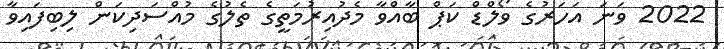
2022 ވަނަ އަހަރުގެ ވޯލްޑް ކަޕް ބާއްވާ މެދުއިރުމަތީގެ ތެލުގެ މުއްސަދިކަން ލިބިފައިވާ